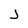
Character: j